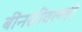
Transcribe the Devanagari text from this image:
बींनसींवल्ली